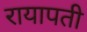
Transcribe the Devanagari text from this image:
रायापती